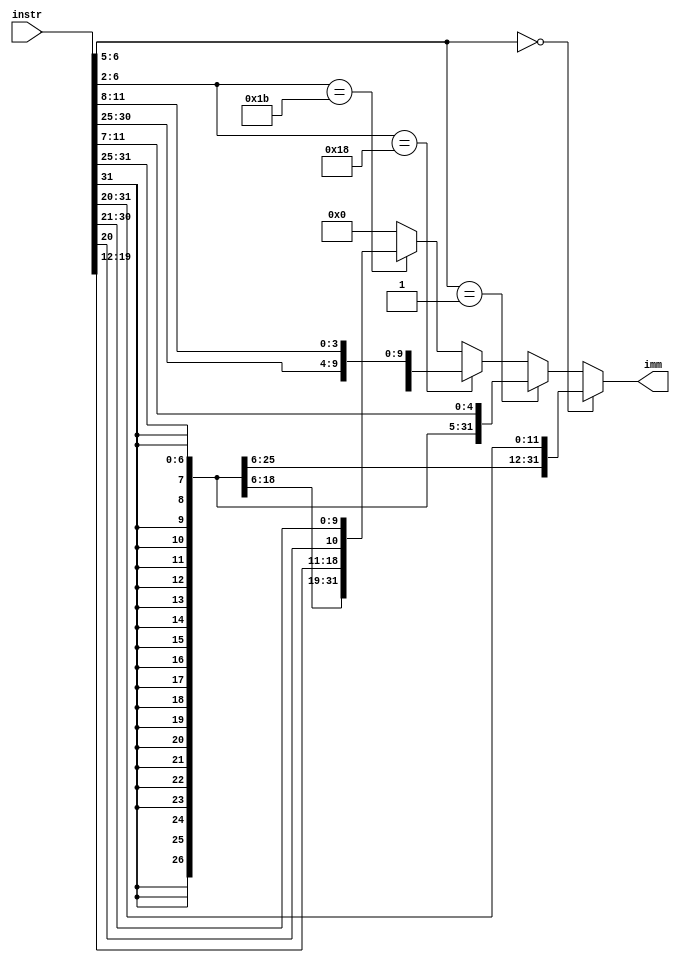
`timescale 1ns / 1ps
//////////////////////////////////////////////////////////////////////////////////
// Company: 
// Engineer: 
// 
// Design Name: 
// Module Name: signext
// Project Name: 
// Target Devices: 
// Tool Versions: 
// Description: 
// 
// Dependencies: 
// 
// Revision:
// Revision 0.01 - File Created
// Additional Comments:
// 
//////////////////////////////////////////////////////////////////////////////////


module signext(input [31:0] instr,
    output reg [31:0] imm
    );
    always @(*) begin
        if (instr [6:5] == 2'b00) begin
            imm = {{20{instr[31]}}, instr [31:20]};    //lw 
        end
        else if (instr [6:5] == 2'b01) begin
            imm = {{20{instr[31]}}, instr [31:25], instr [11:7]};    //sw
        end
        else if (instr [6:2] == 5'b1_1000) begin
            imm = {{20{instr[31]}}, instr [31], instr [7], instr [30:25], instr [11:8]};    //beq
        end
        else if (instr [6:2] == 5'b1_1011 ) begin
            imm = {{12{instr[31]}}, instr [31], instr [19:12], instr [20], instr [30:21]};   //jal, U type
        end
        else
            imm = 32'h0000_0000;    
    end
endmodule